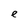
Character: e